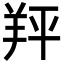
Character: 䍬